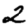
Digit: 2